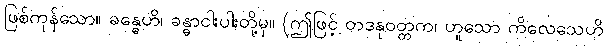
ဖြစ်ကုန်သော။ ခန္ဓေဟိ၊ ခန္ဓာငါးပါးတို့မှ။ (ဤဖြင့် တဒနုဝတ္တက၊ ဟူသော ကိလေသေဟိ